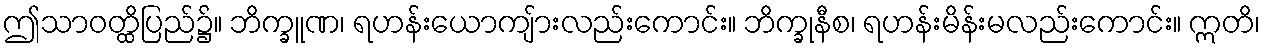
ဤသာဝတ္ထိပြည်၌။ ဘိက္ခူဏ၊ ရဟန်းယောကျ်ားလည်းကောင်း။ ဘိက္ခုနီစ၊ ရဟန်းမိန်းမလည်းကောင်း။ ဣတိ၊